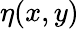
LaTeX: \eta(x,y)